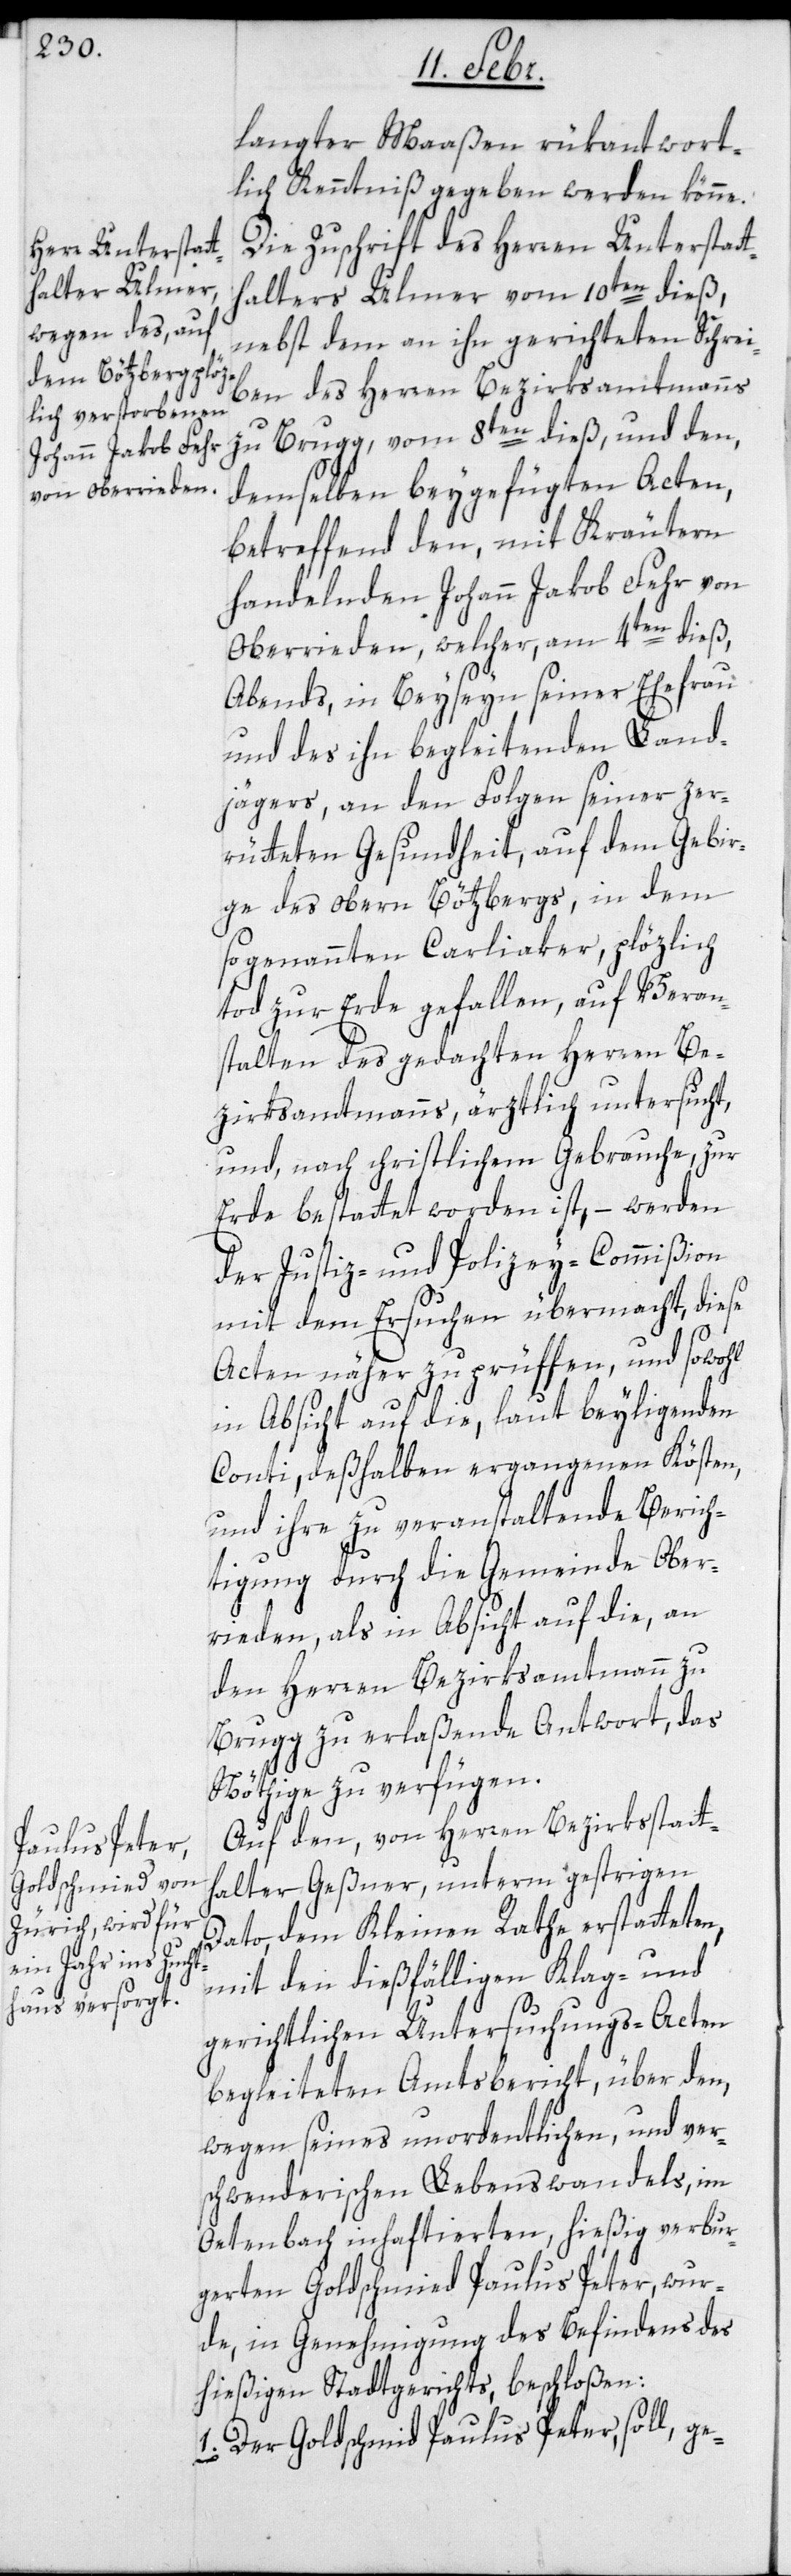
langter Maaßen rükantwort¬
liche Kenntniß gegeben werden könne.
Die Zuschrift des Herren Unterstat¬
thalters Ulmer vom 10ten dieß,
nebst dem an ihn gerichteten Schrei¬
ben des Herren Bezirksamtmanns
zu Brugg, vom 8ten dieß, und den,
demselben beygefügten Acten,
betreffend den, mit Kräutern
handelnden Johann Jakob Fehr von
Oberrieden, welcher, am 4ten dieß,
Abends, in Beyseyn seiner Ehefrau
und des ihn begleitenden Land¬
jägers, an den Folgen seiner zer¬
rütteten Gesundheit, auf dem Gebir¬
ge des obern Bötzbergs, in dem
sogenannten Carliaker, plözlich
tod zur Erde gefallen, auf Veran¬
stalten des gedachten Herren Be¬
zirksamtmanns, ärztlich untersucht,
und, nach christlichem Gebrauche, zur
Erde bestattet worden ist, – werden
der Justiz- und Polizey-Commißion
mit dem Ersuchen übermacht, diese
Acten näher zu prüffen, und sowohl
in Absicht auf die, laut beyliegenden
Conti, deßhalben ergangenen Kösten,
und ihre zu veranstaltende Berich¬
tigung durch die Gemeinde Ober¬
rieden, als in Absicht auf die, an
den Herren Bezirksamtmann zu
Brugg zu erlaßende Antwort, das
Nöthige zu verfügen.
Auf den, von Herren Bezirksstatt¬
halter Geßner, unterm gestrigen
Dato, dem Kleinen Rath erstatteten,
mit den dießfälligen Klag- und
gerichtlichen Untersuchungs-Acten
begleiteten Amtsbericht, über den,
wegen seines unordentlichen, und ver¬
schwenderischen Lebenwandels, im
Oetenbach inhaftierten, hießig verbur¬
gerten Goldschmied Paulus Peter, wur¬
de, in Genehmigung des Befindens des
hießigen Stadtgerichts, beschloßen:
1. Der Goldschmid Paulus Peter, soll, ge-